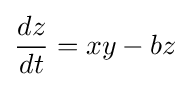
{\frac {dz}{dt}}=xy-bz